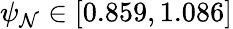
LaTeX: \psi_{\mathcal{N}}\in[0.859,1.086]